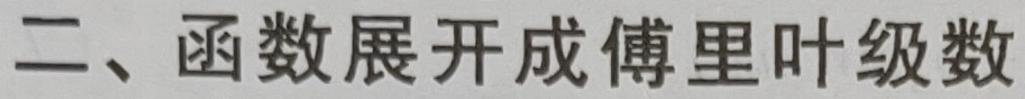
二、函数展开成傅里叶级数